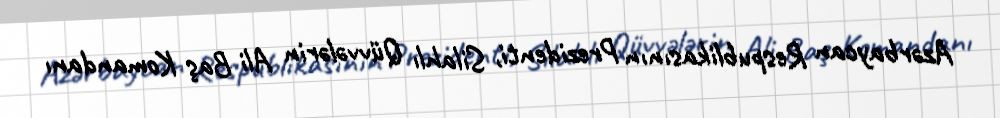
Azərbaycan Respublikasının Prezidenti, Silahlı Qüvvələrin Ali Baş Komandanı